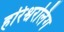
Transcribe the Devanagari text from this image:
हरिश्वरलिंग